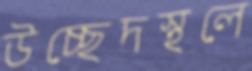
উচ্ছেদস্থলে